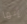
إنها